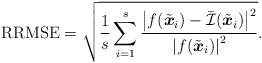
LaTeX: \begin{align*} \textrm{RRMSE} = \sqrt{\dfrac{1}{s}\sum_{i=1}^{s} \dfrac{\left|f(\tilde{\boldsymbol{x}}_i) - {\bar {\cal I}}(\tilde{\boldsymbol{x}}_i)\right|^2}{\left|f(\tilde{\boldsymbol{x}}_i)\right|^2}}.\end{align*}